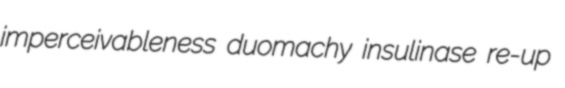
imperceivableness duomachy insulinase re-up